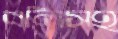
বলিসহ